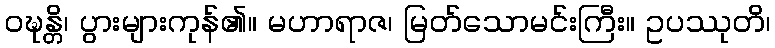
ဝဍ္ဎန္တိ၊ ပွားများကုန်၏။ မဟာရာဇ၊ မြတ်သောမင်းကြီး။ ဥပဿုတိ၊